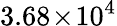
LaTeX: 3.68\! \times\! 10^{4}